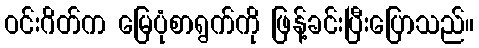
ဝင်းဂိတ်က မြေပုံစာရွက်ကို ဖြန့်ခင်းပြီးပြောသည်။